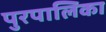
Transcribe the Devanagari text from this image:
पुरपालिका